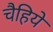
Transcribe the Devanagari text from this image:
चैहिये